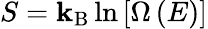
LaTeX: S=\mathbf{k}_{\mathrm{{B}}}\ln\left[\Omega\left(E\right)\right]